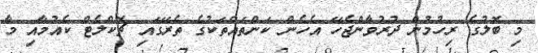
މި ބޮލުގެ ރިހުމުން ދުރުވާންޖެހޭ އެހެން ކަންތައްތަކުގެ ތެރޭގައި ޗޮކްލެޓް ކެއުމާއި މާ